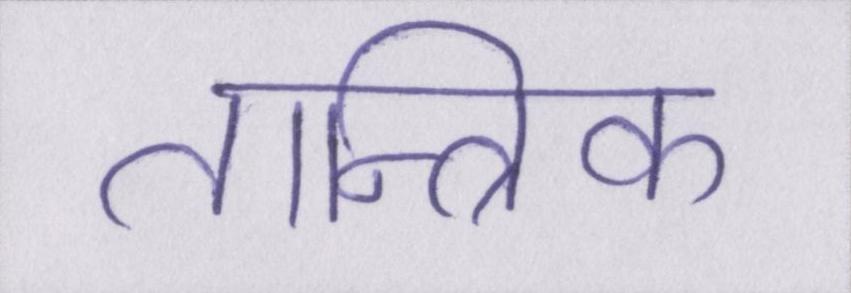
तान्त्रिक